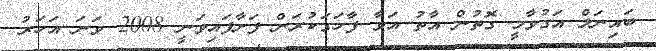
ބައިނަލް އަގުވާމީ ގޮތުން އާތު އަވާ ފާހަގަކުރަން ފަށާފައިވަނީ 2008 ވަނަ އަހަރު